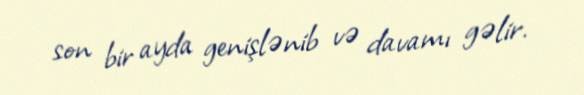
son bir ayda genişlənib və davamı gəlir.